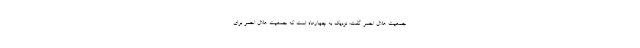
جمعیت هلال احمر گفت: نزدیک به چهارماه است که جمعیت هلال احمر برای